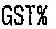
GST%